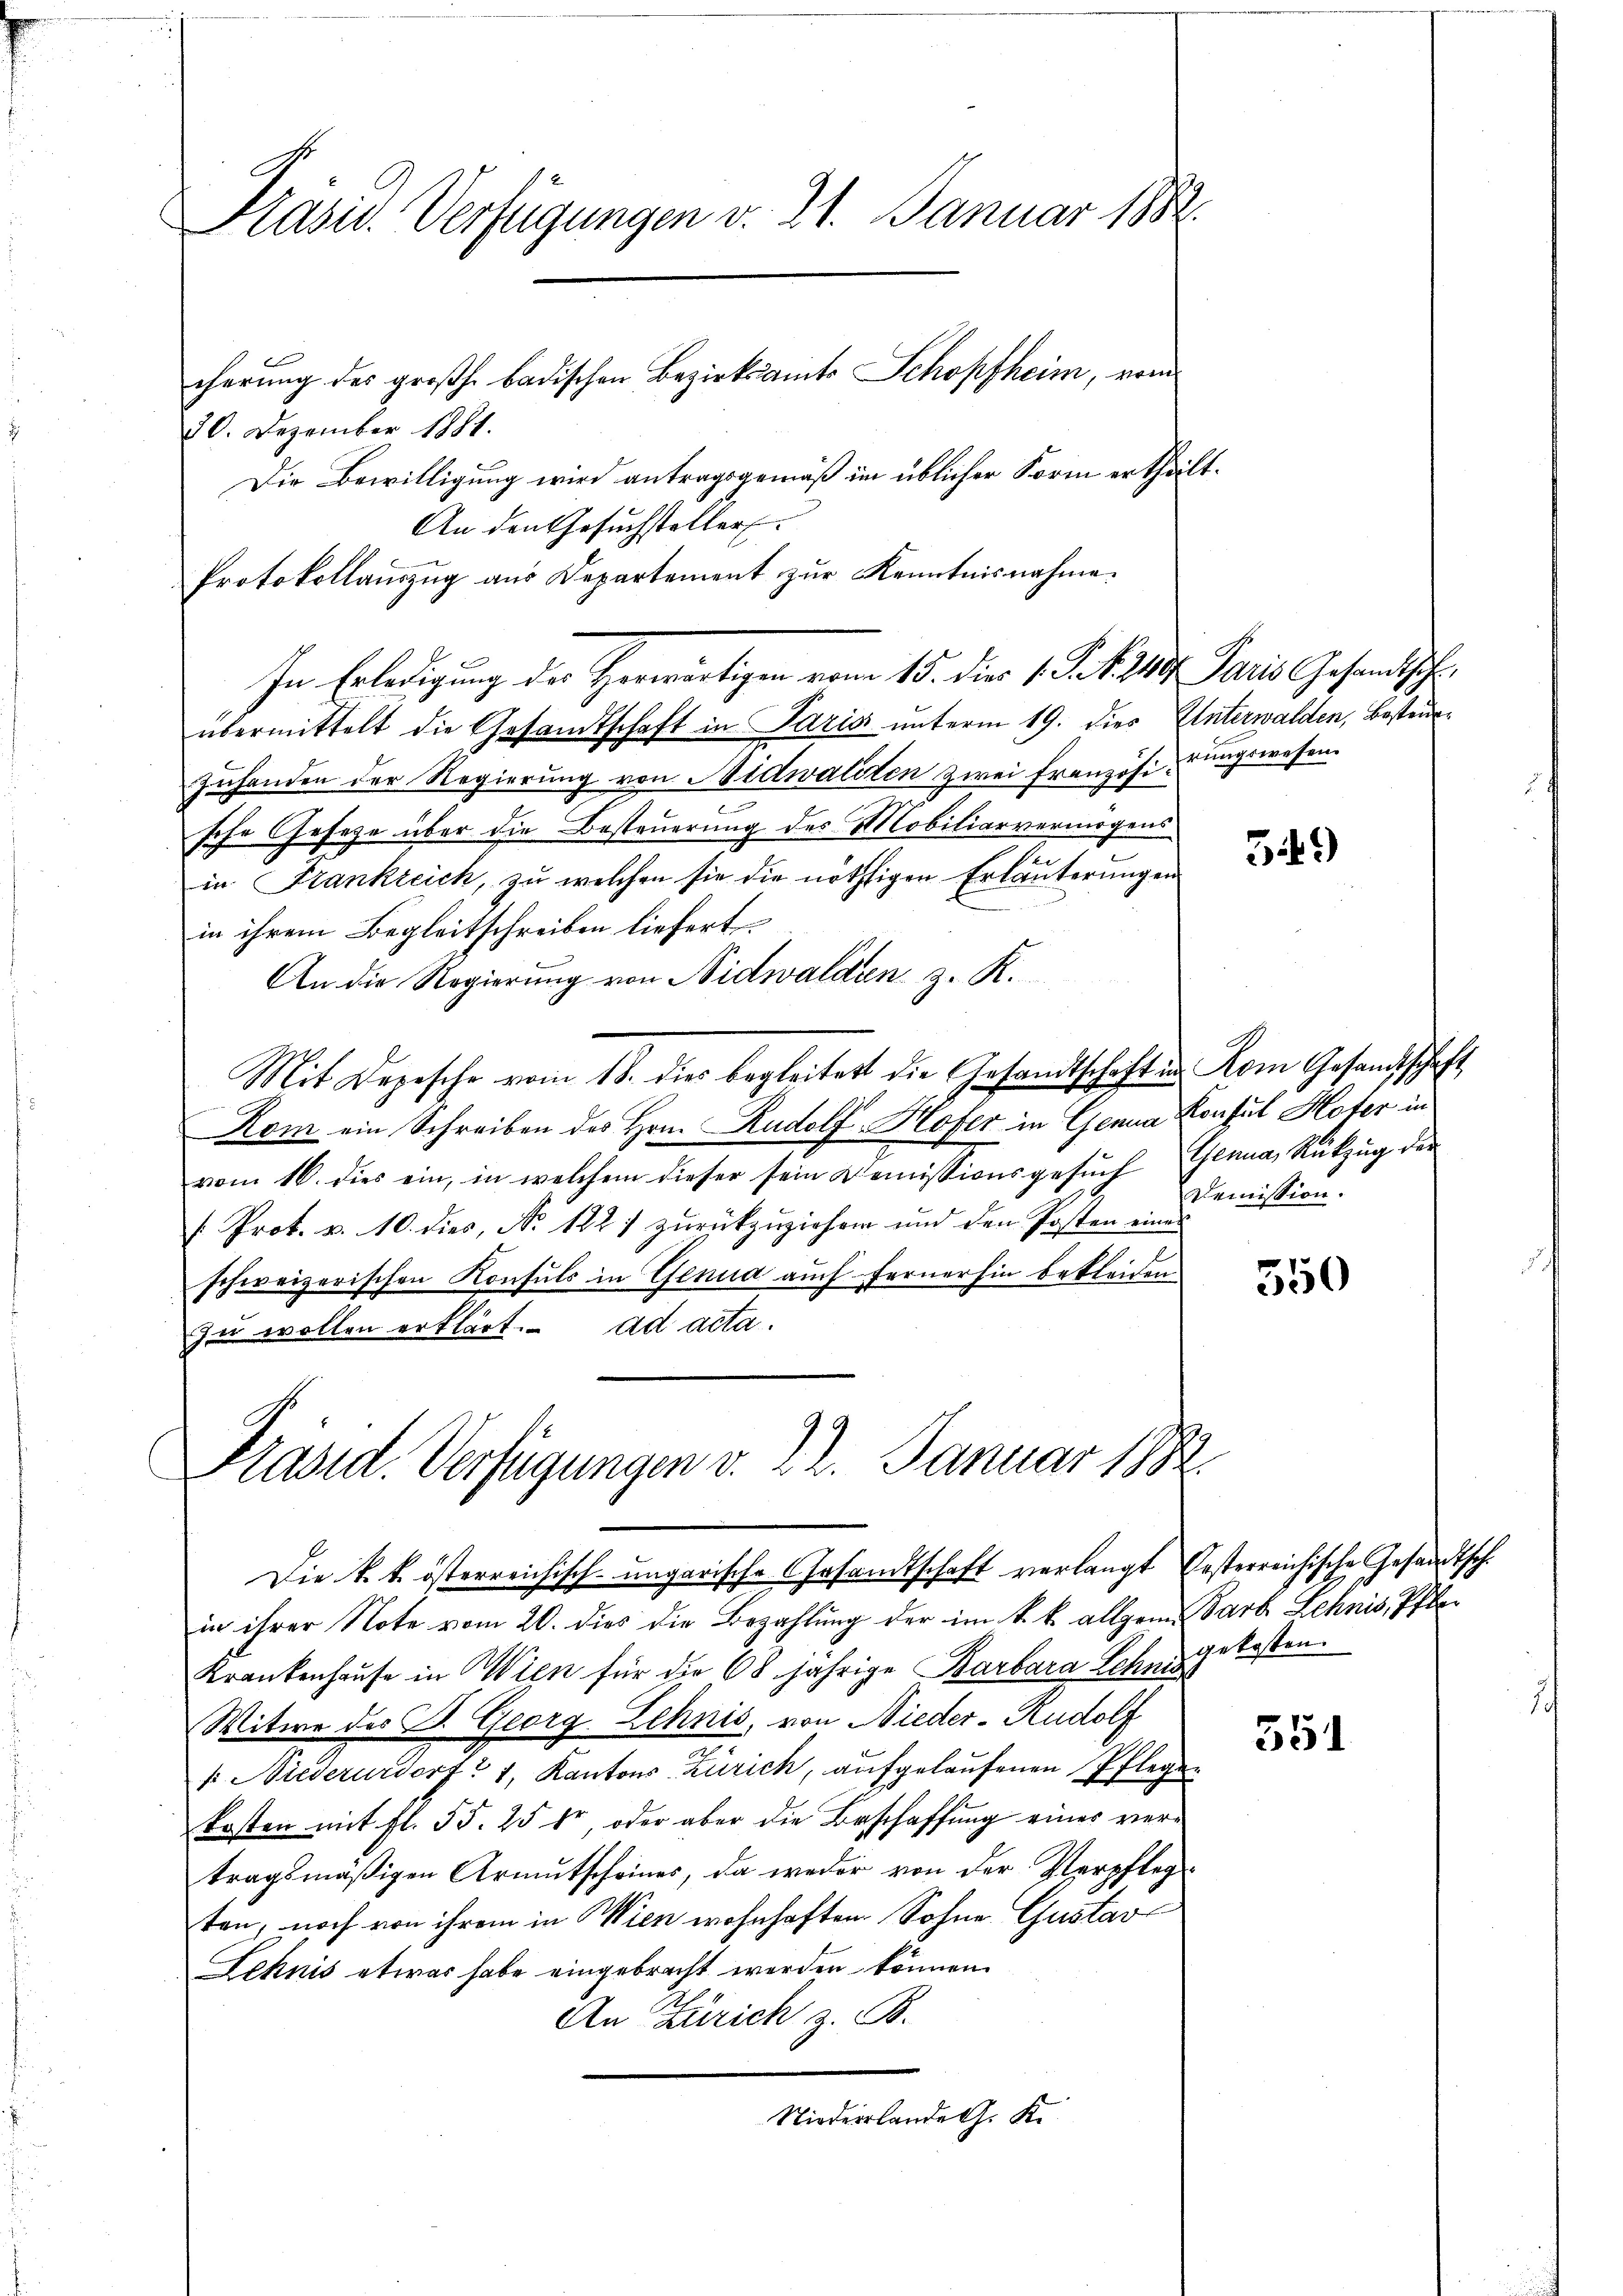
Präsid. Verfügungen v. 21. Januar 1882
cherung des großh. badischen Bezirksamts Schopfheim, vom
30. Dezember 1881.

Die Bewilligung wird antragsgemäß im üblicher Form ertheilt.
An den Gesuchsteller
Protokollauszug aus Departement zŭr Kenntnisnahme.
In Erledigung der Herwärtigen vom 15. die 1. d. d. 249. Paris Gesandtsch
übermittelt die Gesandtschaft in Paris unterm 19. dies Unterwalden, Besteurzuhanden der Regierung von Nidwaldten zwei Französirungswesen.
sche Gesetze über die Besteuerung des Mobiliarvermögens
in Stankreich, zu welchen sie die nöthigen Erläuterungen
in ihrem Begleitschreiben liefert.
An die Regierung von Nidwalden z. K.
Mit Depesche vom 18. dies begleitet die Gesandtschaft in Rom Gesandtschaft
Kom ein Schreiben des Hrn. Rudolf Hofer in Genua Consul Hofer in
vom 16. dies ein, in welchem dieser sein Demissionsgesŭch Genua Rückzŭg der
/: Prof. v. 10. dies, No. 1821 zurückzuziehen und den Posten einer
schweizerischen Konsuls in Genua auch fernerhin bekleiden
zu wollen erklärt. ad acta.

Präsid. Verfügungen v. 22. Januar 1882.
Die k. k. österreichisch-ungarische Gesandtschaft verlangt festerreichische Gesandtsch.

in ihrer Note vom 20. dies die Bezahlung der im k. k. allgemein Parte Lehnis, Pfle¬
Krankenhaŭse in Wien für die 68 jährige Barbara Lohns gekosten.
Witwe des B. Georg Lehnis, von Nieder-Rudolf
s Niederurdorf 1, Kantons Zürich, aufgelaŭfenen Pflege
kosten mit fl. 55. 25 er, oder aber die Beschaffung eines vertragsmäßigen Armutscheines, da weder von der Verpflegten, noch von ihrem in Wien wohnhaften. Sohne Gustav
Schnis etwas habe eingebracht worden können.
An Zürich z. B.
Niederlande G. K.

349)

Demission.

350

351